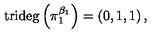
\mathrm { t r i d e g } \left( \pi _ { 1 } ^ { \beta _ { 1 } } \right) = \left( 0 , 1 , 1 \right) ,